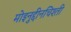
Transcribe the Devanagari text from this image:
मोइनुद्दीनचिश्ती